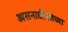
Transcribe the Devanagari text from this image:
व्यसनाधीनतेच्या